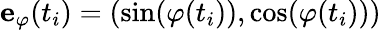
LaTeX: \mathbf{e}_{\varphi}(t_{i})=(\sin(\varphi(t_{i})),\cos(\varphi(t_{i})))